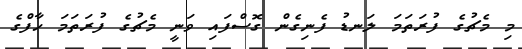
މި މެޗުގެ ފުރަތަމަ ލަނޑު ފެނިގެން ގޮސްފައި ވަނީ މެޗުގެ ފުރަތަމަ ހާފްގެ